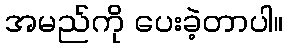
အမည်ကို ပေးခဲ့တာပါ။